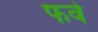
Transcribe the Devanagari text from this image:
फर्वे